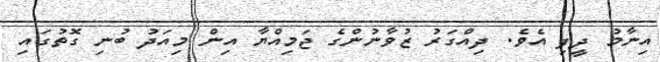
އިނާމު ދީފި އެވެ. ދިއްގަރު ޒުވާނުންގެ ޖަމިއްޔާ އިން މިއަދު ބުނި ގޮތުގައި